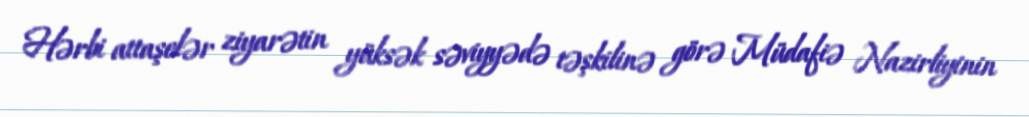
Hərbi attaşelər ziyarətin yüksək səviyyədə təşkilinə görə Müdafiə Nazirliyinin